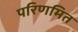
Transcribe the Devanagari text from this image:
परिणमित